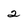
Character: 2